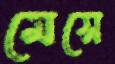
মেসে